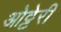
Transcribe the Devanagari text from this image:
ओट्टेरी